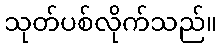
သုတ်ပစ်လိုက်သည်။